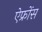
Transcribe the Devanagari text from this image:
ऐफ्रोंस